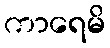
ကာရေမိ